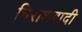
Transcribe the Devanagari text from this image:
निराशवादी